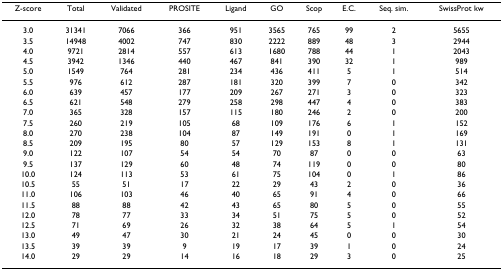
<table><thead><tr><td><b>Z-score</b></td><td><b>Total</b></td><td><b>Validated</b></td><td><b>PROSITE</b></td><td><b>Ligand</b></td><td><b>GO</b></td><td><b>Scop</b></td><td><b>E.C.</b></td><td><b>Seq. sim.</b></td><td><b>SwissProt kw</b></td></tr></thead><tbody><tr><td>3.0</td><td>31341</td><td>7066</td><td>366</td><td>951</td><td>3565</td><td>765</td><td>99</td><td>2</td><td>5655</td></tr><tr><td>3.5</td><td>14948</td><td>4002</td><td>747</td><td>830</td><td>2222</td><td>889</td><td>48</td><td>3</td><td>2944</td></tr><tr><td>4.0</td><td>9721</td><td>2814</td><td>557</td><td>613</td><td>1680</td><td>788</td><td>44</td><td>1</td><td>2043</td></tr><tr><td>4.5</td><td>3942</td><td>1346</td><td>440</td><td>467</td><td>841</td><td>390</td><td>32</td><td>1</td><td>989</td></tr><tr><td>5.0</td><td>1549</td><td>764</td><td>281</td><td>234</td><td>436</td><td>411</td><td>5</td><td>1</td><td>514</td></tr><tr><td>5.5</td><td>976</td><td>612</td><td>287</td><td>181</td><td>320</td><td>399</td><td>7</td><td>0</td><td>342</td></tr><tr><td>6.0</td><td>639</td><td>457</td><td>177</td><td>209</td><td>267</td><td>271</td><td>3</td><td>0</td><td>323</td></tr><tr><td>6.5</td><td>621</td><td>548</td><td>279</td><td>258</td><td>298</td><td>447</td><td>4</td><td>0</td><td>383</td></tr><tr><td>7.0</td><td>365</td><td>328</td><td>157</td><td>115</td><td>180</td><td>246</td><td>2</td><td>0</td><td>200</td></tr><tr><td>7.5</td><td>260</td><td>219</td><td>105</td><td>68</td><td>109</td><td>176</td><td>6</td><td>1</td><td>152</td></tr><tr><td>8.0</td><td>270</td><td>238</td><td>104</td><td>87</td><td>149</td><td>191</td><td>0</td><td>1</td><td>169</td></tr><tr><td>8.5</td><td>209</td><td>195</td><td>80</td><td>57</td><td>129</td><td>153</td><td>8</td><td>1</td><td>131</td></tr><tr><td>9.0</td><td>122</td><td>107</td><td>54</td><td>54</td><td>70</td><td>87</td><td>0</td><td>0</td><td>63</td></tr><tr><td>9.5</td><td>137</td><td>129</td><td>60</td><td>48</td><td>74</td><td>119</td><td>0</td><td>0</td><td>80</td></tr><tr><td>10.0</td><td>124</td><td>113</td><td>53</td><td>61</td><td>75</td><td>104</td><td>0</td><td>1</td><td>86</td></tr><tr><td>10.5</td><td>55</td><td>51</td><td>17</td><td>22</td><td>29</td><td>43</td><td>2</td><td>0</td><td>36</td></tr><tr><td>11.0</td><td>106</td><td>103</td><td>46</td><td>40</td><td>65</td><td>91</td><td>4</td><td>0</td><td>66</td></tr><tr><td>11.5</td><td>88</td><td>88</td><td>42</td><td>43</td><td>65</td><td>80</td><td>5</td><td>0</td><td>55</td></tr><tr><td>12.0</td><td>78</td><td>77</td><td>33</td><td>34</td><td>51</td><td>75</td><td>5</td><td>0</td><td>52</td></tr><tr><td>12.5</td><td>71</td><td>69</td><td>26</td><td>32</td><td>38</td><td>64</td><td>5</td><td>1</td><td>54</td></tr><tr><td>13.0</td><td>49</td><td>47</td><td>30</td><td>21</td><td>24</td><td>45</td><td>0</td><td>0</td><td>30</td></tr><tr><td>13.5</td><td>39</td><td>39</td><td>9</td><td>19</td><td>17</td><td>39</td><td>1</td><td>0</td><td>24</td></tr><tr><td>14.0</td><td>29</td><td>29</td><td>14</td><td>16</td><td>18</td><td>29</td><td>3</td><td>0</td><td>25</td></tr></tbody></table>